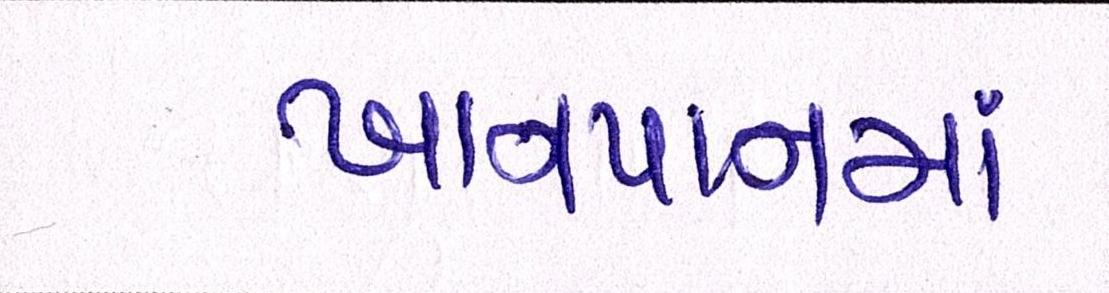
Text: ખાનપાનમાં